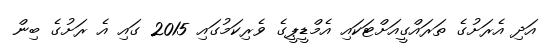
އަދި އެރަށުގެ ތަރައްގީއަށްޓަކައި އެމްޑީޕީގެ ވެރިކަމުގައި 2015 ގައި އެ ރަށުގެ ބިން